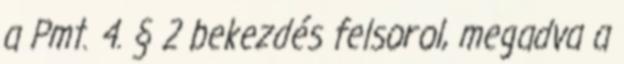
a Pmt. 4. § 2 bekezdés felsorol, megadva a